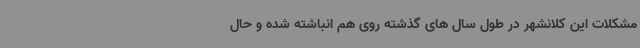
مشکلات این کلانشهر در طول سال های گذشته روی هم انباشته شده و حال